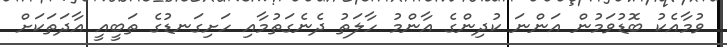
ވުމާއެކު ބޮޑުވަމުން އަންނަ ކުދިންގެ އާންމު ހާލަތު ދެނެގަތުމާއި ހަށިގަނޑުގެ ތަބީއީ އާދަތަކަށް